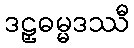
ဒဠှဓမ္မဒဿီ